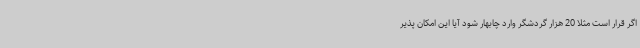
اگر قرار است مثلا 20 هزار گردشگر وارد چابهار شود آیا این امکان پذیر